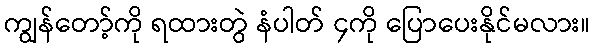
ကျွန်တော့်ကို ရထားတွဲ နံပါတ် ၄ကို ပြောပေးနိုင်မလား။